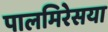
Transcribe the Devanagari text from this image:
पालमिरेसया